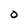
Character: o